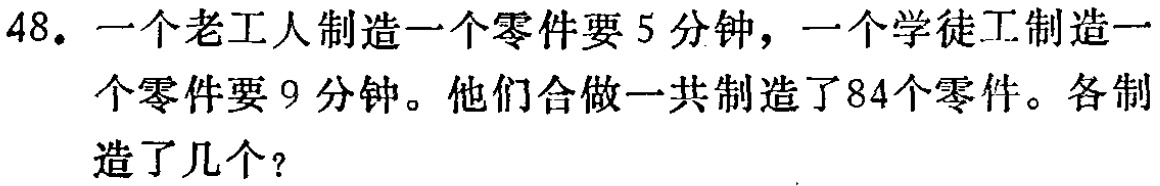
48. 一个老工人制造一个零件要5分钟，一个学徒工制造一个零件要9分钟。他们合做一共制造了84个零件。各制造了几个？